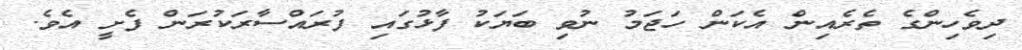
ދިވެހިންގެ ތެރެއިން އެކަން ހަޖަމު ނުވި ބަޔަކު ފާޅުގައި ފުރައްސާރަކުރަން ފެށީ އެވެ.